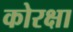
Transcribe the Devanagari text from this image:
कोरक्षा